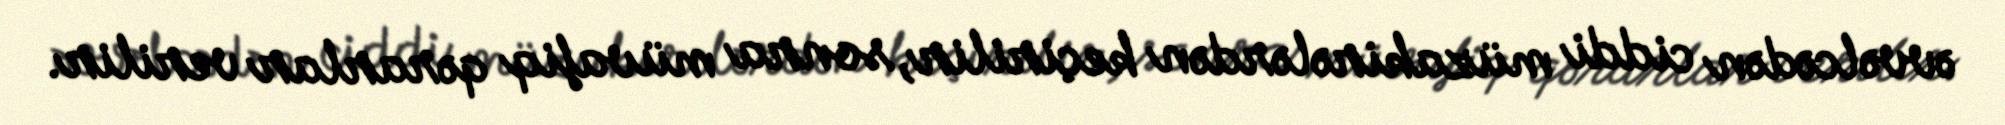
əvvəlcədən ciddi müzakirələrdən keçirilir, sonra müvafiq qərarlar verilir.